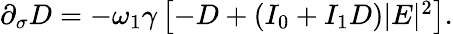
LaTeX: \begin{array}{r}{\partial_{\sigma}D=-\omega_{1}\gamma\left[-D+(I_{0}+I_{1}D)|E|^{2}\right].}\end{array}